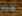
هذه